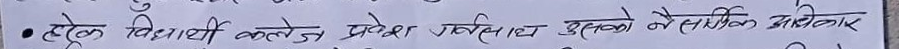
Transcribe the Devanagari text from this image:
प्रत्येक विद्यार्थी कलेज प्रवेश गरेपछि उसको नै शैक्षणिक अधिकार